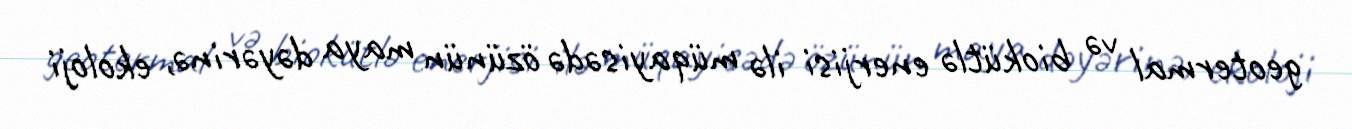
geotermal və biokütlə enerjisi ilə müqayisədə özünün maya dəyərinə, ekoloji